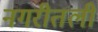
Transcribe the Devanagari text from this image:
नगरीतली